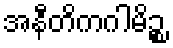
အနီတိကဂါမိဉ္စ